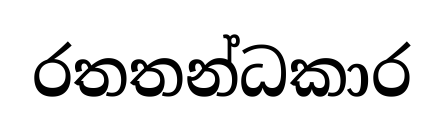
රතතන්ධකාර